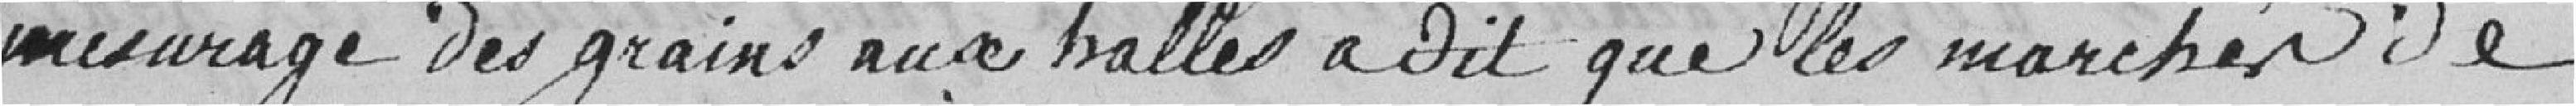
mesurage des grains aux halles a dit que les marchés de